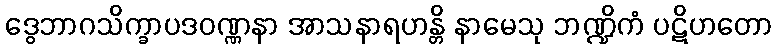
ဒွေဘာဂသိက္ခာပဒဝဏ္ဏနာ အာသနာရဟန္တိ နာမေသု ဘဏ္ဍိကံ ပဋိဟတော